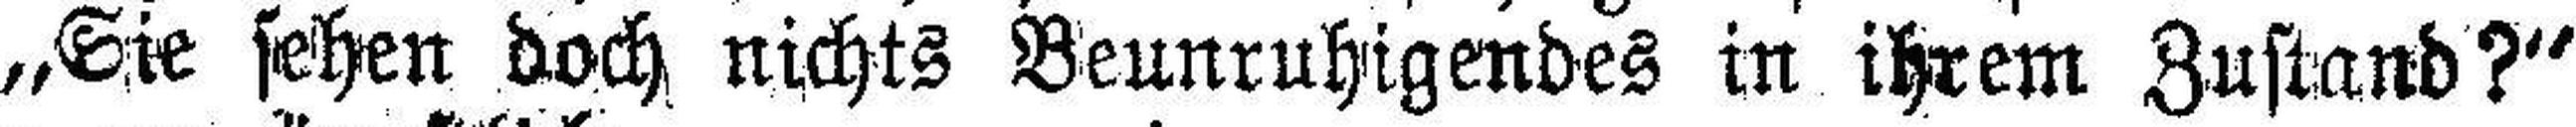
„Sie sehen doch nichts Beunruhigendes in ihrem Zustand?“